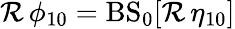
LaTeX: \mathcal{R}\, \phi_{10}=\mathrm{{BS}}_{0}[\mathcal{R}\, \eta_{10}]